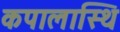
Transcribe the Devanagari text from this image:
कपालास्थि